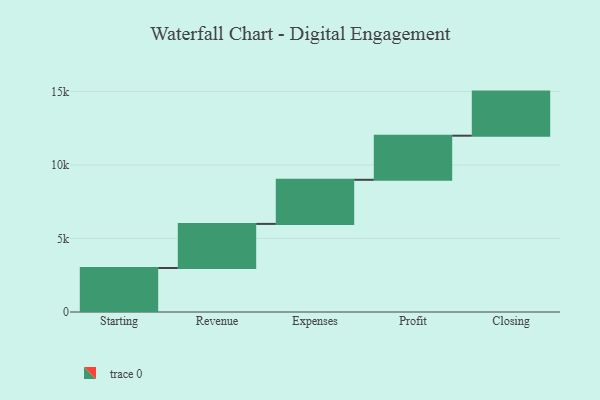
{"axis": {"x": "Step", "y": "Value"}, "legend": [""], "data": [{"x": "Starting", "y": 2993.0, "type": ""}, {"x": "Revenue", "y": 3000, "type": ""}, {"x": "Expenses", "y": 3000, "type": ""}, {"x": "Profit", "y": 3000, "type": ""}, {"x": "Closing", "y": 3000, "type": ""}]}